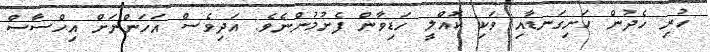
ހުރި ހެދުން ހަށިގަނޑާއި ވަކި ކޮއްލީ ހަޑިވާން ފެށުމުންނެވެ. އަދިވެސް އަހަންނަށް އިހްސާސް